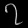
Digit: ၇